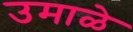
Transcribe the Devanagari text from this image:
उमाळे